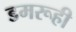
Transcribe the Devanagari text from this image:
डमरूही